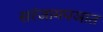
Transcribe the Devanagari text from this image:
सरंजामपञात